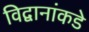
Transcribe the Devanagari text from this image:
विद्वानांकडे